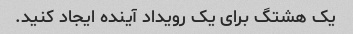
یک هشتگ برای یک رویداد آینده ایجاد کنید.